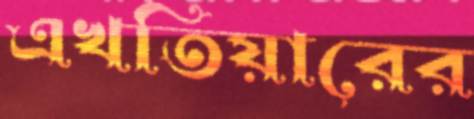
এখতিয়ারের